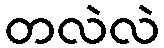
တလဲလဲ